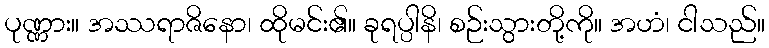
ပုဏ္ဏား။ အဿရာဇိနော၊ ထိုမင်း၏။ ခုရပ္ပါနိ၊ စဉ်းသွားတို့ကို။ အဟံ၊ ငါသည်။